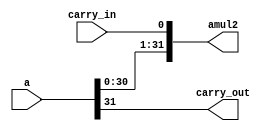
module shl32(
             input  wire [31 : 0] a,
             input  wire          carry_in,
             output wire [31 : 0] amul2,
             output wire          carry_out
            );

   assign amul2     = {a[30 : 0], carry_in};
   assign carry_out = a[31];

endmodule